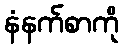
နံနက်စာကို